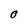
Character: O